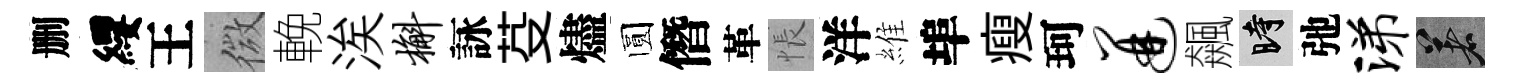
删纓王微輓涘槲詠芟燼圆僭革悵洋維埠瘦珂迸飆时弛涕著